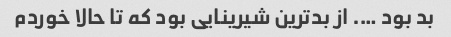
بد بود …. از بدترین شیرینایی بود که تا حالا خوردم